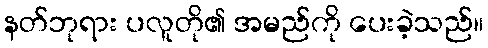
နတ်ဘုရား ပလူတို၏ အမည်ကို ပေးခဲ့သည်။